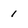
Character: 1